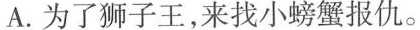
A.为了狮子王，来找小螃蟹报仇。